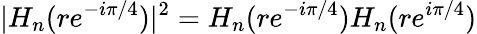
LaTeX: |H_{n}(re^{-i\pi/4})|^{2}=H_{n}(re^{-i\pi/4})H_{n}(re^{i\pi/4})